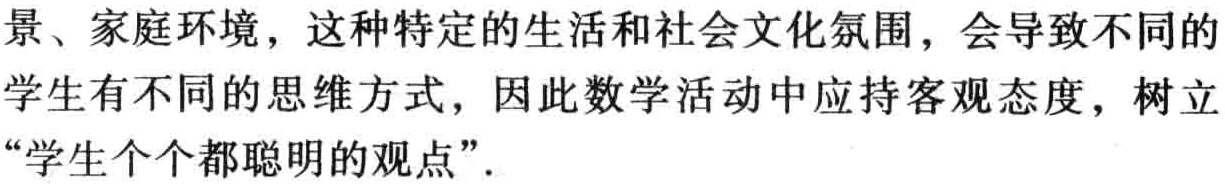
景、家庭环境，这种特定的生活和社会文化氛围，会导致不同的学生有不同的思维方式，因此数学活动中应持客观态度，树立“学生个个都聪明的观点”.